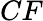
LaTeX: CF